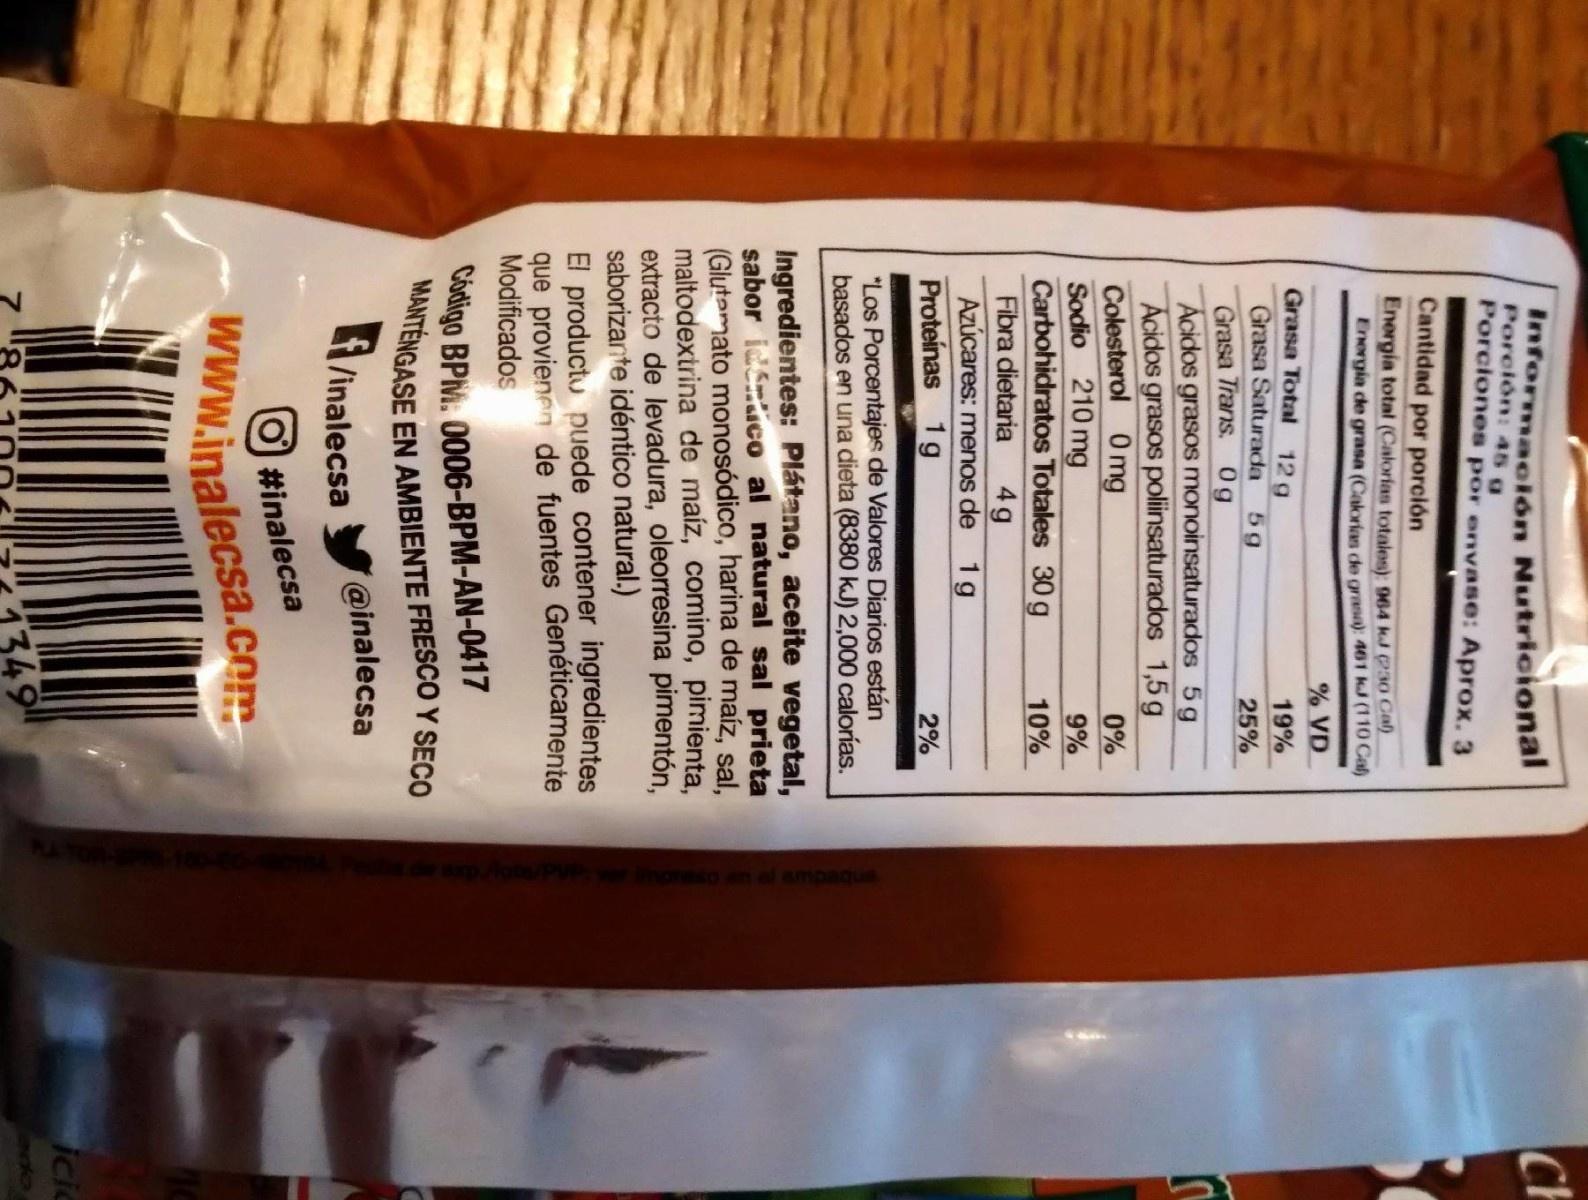
Información Nutricional Porción: 45 g CH Porciones por envase: Aprox. 3 Cantidad por porción Energia total (Calorias totales): 964 kJ P30 Ca) Energia de grasa (Calorian de grasa): 461 kJ (110 Cal) % VD Grasa Total 12g Grasa Saturada Grasa Trans. 0g Acidos grasos monoinsaturados 5g Acidos grasos poliinsaturados 1,5 g Colesterol O mg Sodio 210 mg Carbohidratos Totales 30 g 19% 5g 25% 0% 9% 10% Fibra dietaria 4g Azúcares: menos de 1g Proteínas 1g 2% "Los Porcentajes de Valores Diarios están basados en una dieta (8380 kJ) 2,000 calorías. Ingredientes: Plátano, aceite vegetal, sabor idnco al natural sal prieta (Glutamato monosódico, harina de maíz, sal, maltodextrina de maíz, comino, pimienta, extracto de levadura, oleorresina pimentón, saborizarte idéntico natural.) El productu puede contener ingredientes que provienen de fuentes Genéticamente Modificados Codigo BPM. 0006-BPM-AN-0417 MANTENGASE EN AMBIENTE FRESCO Y SECO A /inalecsa @inalecsa #inalecsa www.inalecsa.com icic